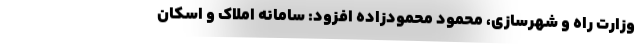
وزارت راه و شهرسازی، محمود محمودزاده افزود: سامانه املاک و اسکان